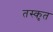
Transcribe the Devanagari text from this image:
तस्कृत